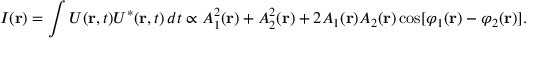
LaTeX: I ( \mathbf { r } ) = \int U ( \mathbf { r } , t ) U ^ { * } ( \mathbf { r } , t ) \, d t \propto A _ { 1 } ^ { 2 } ( \mathbf { r } ) + A _ { 2 } ^ { 2 } ( \mathbf { r } ) + 2 A _ { 1 } ( \mathbf { r } ) A _ { 2 } ( \mathbf { r } ) \cos [ \varphi _ { 1 } ( \mathbf { r } ) - \varphi _ { 2 } ( \mathbf { r } ) ] .